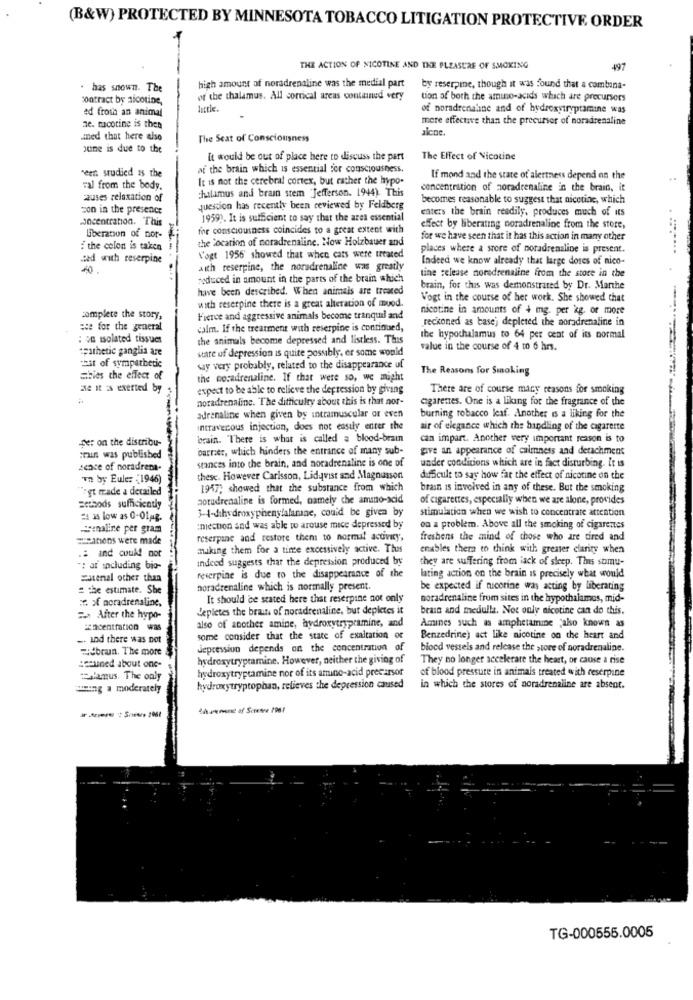
(B&W) PROTECTED BY MINNESOTA TOBACCO LITIGATION PROTECTIVE ORDER
THE ACTION OF NICOTINE AND THE PLEASURE OF SMOKING
497
high amount of noradrenaline was the medial part
. has shown. The
by reserpie, though it was found that a combina-
contract by nicotine,
of the thalamus. All cortical areas contained very
tion of both the amuno-acids which are precursors
ed froth an animal
little.
of noradrenaline and of hydroxytryptamine was
more effective than the precursor of noradrenaline
ae. macotine is then
alene.
aned that here also
The Seat of Consciousness
june is due to the
it would be out of place here to discuss the part
The Effect of Nicotine
at the brain which is essential for consciousness.
^een studied is the
It is not the cerebral cortex, but rather the hypo-
If mond and the state of alertness depend on the
val from the body.
chalamus and brain stem "Jefferson. 1944). This
concentration of noradrenaline in the brain, it
causes relaxation of
becomes reasonable to suggest that nicotine, which
con in the presence
question has recently been reviewed by Feldberg
enters the brain readily, produces much of its
oncentration. This
1959). It is sufficient to say that the area essential
for consciousness coincides to a great extent with
effect by liberating noradrenaline from the store,
Liberation of nor-
the location of noradrenaline. Now Holzbauer and
for we have seen that it has this action in many other
:the colon is taken
places where a store of noradrenaline is present.
sed with reserpine
Vogt 1956 showed that when cats were treated
Indeed we know already that large doses of nico-
aith reserpine, the noradrenaline was greatly
tine release noradrenaline from the store in the
reduced in amount in the parts of the brain which
have been described. When animals are treated
brain, for this was demonstrated by Dr. Marthe
Vogt in the course of her work. She showed that
with reserpine there is a great alteration of muod.
nicotine in amounts of 4 mg. per kg. or more
complete the story,
Fierce and aggressive animals become tranquil and
reckoned as base) depleted the noradrenaline in
ese for the general
calm. If the treatment with reserpine is continued,
: se isolated tissues
the animals become depressed and listless. This
the hypothalamus to 64 per cent of its normal
apathetic ganglia are
state uf depression is quite possibly, er some would
value in the course of 4 to 6 hr.
Pit of sympathetic
way very probably, related to the disappearance uf
The Reasons for Smoking
abies the effect of
the coradrenaline. If that were so, we might
ae it is exerted by
expect to be able to relieve the depression by giving
There are of course many reasons for smoking
noradrenaline. The difficulty about this is that nor-
cigarenes. One is a liking for the fragrance of the
adrenaline when given by intramuscular or even
burning robacco leaf. Another is a liking for the
intravenous injection, does not easily enter the
air of elegance which the handling of the cigarette
Der on the distribu-
brain. There is what is called a blood-braun
can impart. Another very important reason is to
barrier, which hinders the entrance of many sub-
give an appearance of calmness and detachment
crun was published
stances into the brain, and noradrenaline is one of
under conditions which are in fact disturbing. It is
sence of noradrena-
In by Eule: (1946)
these. However Carisson, Lidqvist and Magnusson
difficult to say how far the effect of nicotine on the
"ret trade a detailed
1947; showed that the substance from which
brain is involved in any of these. But the smoking
noradrenaline is formed, namely che amino-acid
of cigarettes, especially when we are alone, provides
sethods sufficiently
3-4-dihydroxyphenylalarne, could be given by
stimulation when we wish to concentrate attention
24 as low as 0-01,4g.
Jenaline per gram
:mection and was able to arouse mice depressed by
on a problem. Above all the smoking of cigarettes
=itions were made
reserpane and restore them to normal activity,
freshens the mind of those who are tired and
making them for a tinte excessively active. This
enables thera to think with greater clarity when
.: and could not
indeed suggests that the depression produced by
they are suffering from lack of sleep. This somu-
": at including bio-
zatenal other than
reserpine is due to the disappearance of the
lating action on the brain is precisely what would
the estimate. She
noradrenaline which is normally present.
be expected if mucorine was acting by liberating
se of noradrenaline.
It should be stated here that reserpine not only
noradrenaline from sites in the hypothalamus, mid-
depletes the brain of noradrenaline, but depietes it
brain and medulla. Not only nicotine can do this.
After the hypo-
also of another amine, hydroxytryptamine, and
cencentration was
Amines such as amphetamine "also known as
-- and there was not
some consider that the state of exaltation of
Benzedrine) act like nicotine on the heart and
Hebrun. The more
Jepression depends on the concentration of
blood vessels and release the store of noradrenaline.
hydroxytryptamine. However, neither the giving of
They no longer accelerare the heart, or cause a rise
:esuned about one-
hydroxytryptamine nor of its amino-acid precursor
of blood pressure in animals treated with reserpine
lamus. The only
turing a moderately
hydroxytryptophan, relieves the depression caused
in which the stores of noradrenaline are absent.
TG-000555.0005